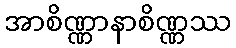
အာစိဏ္ဏာနာစိဏ္ဏဿ